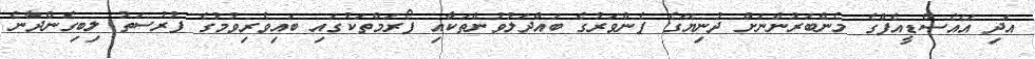
އަދި އޭއެސްޑީއެފްގެ މެންބަރުންނަށް ދުނިޔޭގެ ފެންވަރުގެ ބައްދަލުވުންތަކާއި ފޯރަމްތަކުގައި ބައިވެރިވުމުގެ ފުރުސަތު ލިބިގެންދާނެ